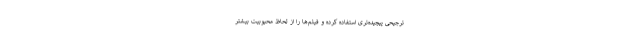
ترجیحی پیچیده‌تری استفاده کرده و فیلم‌ها را از لحاظ محبوبیت بیشتر